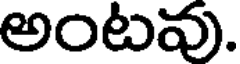
అంటవు.